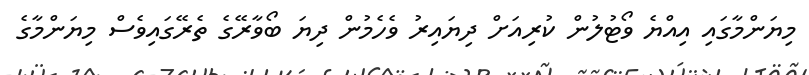
މިޔަންމާގައި އިއްޔެ ވޯޓުލުން ކުރިއަށް ދިޔައިރު ވެހެމުން ދިޔަ ބޯވާރޭގެ ތެރޭގައިވެސް މިޔަންމާގެ